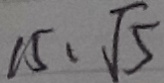
1 5 , \sqrt { 5 }